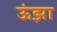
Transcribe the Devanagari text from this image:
ऊंझा